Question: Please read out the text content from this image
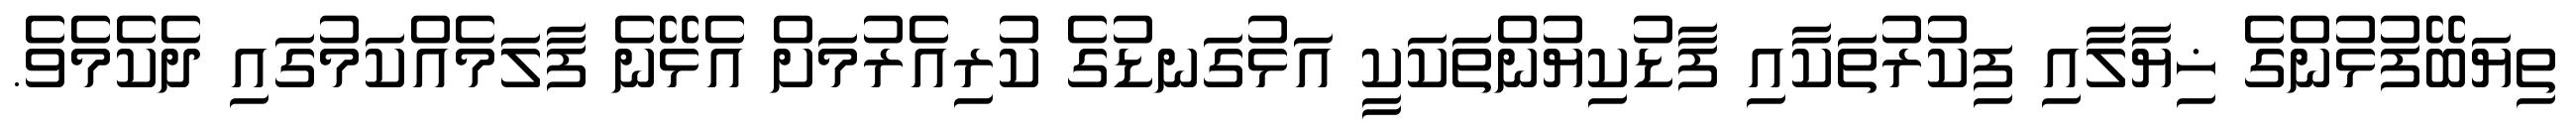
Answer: ތިޔަބޭފުޅުންގެ ޚިޔާލާއި ފިކުރުތަކާއި ފާޑުކިޔުންތަކަކީ އަޅުގަނޑުގެ ކުރިއެރުމަށް އެޅޭނެ ފާލަމެއްކަމުގައި ދެކެމެވެ.